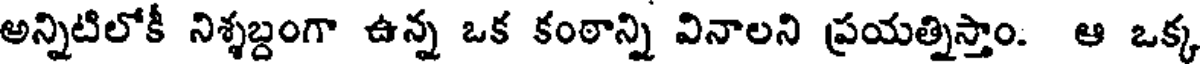
అన్నిటిలోకీ నిశ్శబ్దంగా ఉన్న ఒక కంఠాన్ని వినాలని ప్రయత్నిస్తాం. ఆ ఒక్క